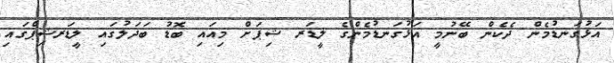
އަޅުގަނޑުމެން ދެކެން ބޭނުމީ އަޅުގަނޑުމެންގެ ލީޑަރ ޝިޕަށް މިއައި ބޮޑު ބަދަލުގައި ލީޑަރޝިޕްގައި